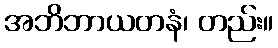
အဘိဘာယတနံ၊ တည်း။